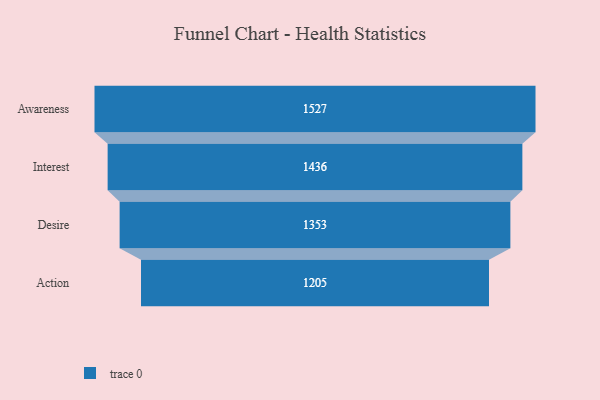
{"axis": {"x": "Stage", "y": "Value"}, "legend": [""], "data": [{"x": "Awareness", "y": 1527.0, "type": ""}, {"x": "Interest", "y": 1436.0, "type": ""}, {"x": "Desire", "y": 1353.0, "type": ""}, {"x": "Action", "y": 1205.0, "type": ""}]}